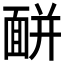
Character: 𩈚